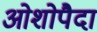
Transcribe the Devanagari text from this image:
ओशोपैदा